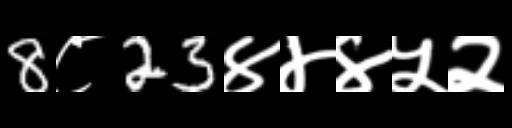
Text: 8८23४४४५२